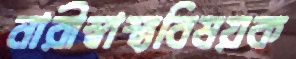
নারীস্বাস্থ্যবিষয়ক